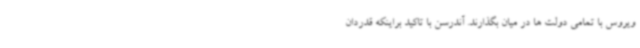
ویروس با تمامی دولت ها در میان بگذارند. آندرسن با تاکید براینکه قدردان